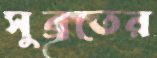
সুব্রতের